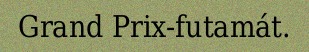
Grand Prix-futamát.